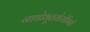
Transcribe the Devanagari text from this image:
नाथोभूतयोयोगिनी